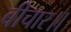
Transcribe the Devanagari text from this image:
बीचार।।